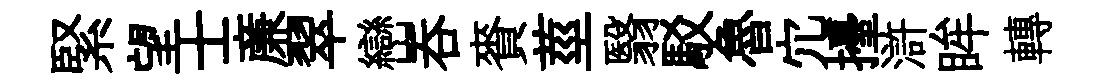
緊望士亷翠巒吞賚莖翳駁魯宂擡滸眸轉